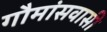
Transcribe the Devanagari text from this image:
गौमांसवासी